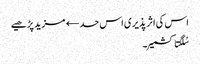
اس کی اثر پذیری اس حد← مزید پڑھیے
سُلگتا کشمیر۔